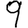
Digit: 9